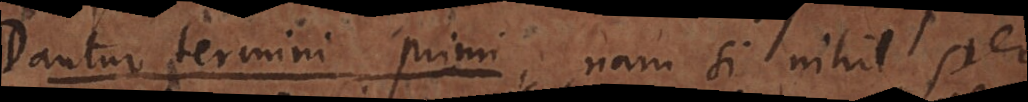
Dantur termini primi, nam si nihil per